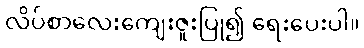
လိပ်စာလေးကျေးဇူးပြု၍ ရေးပေးပါ။